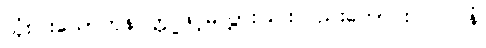
သုံးပါးသောကုနဝတ္တုဖြင့်မလွှားခြင်းလည်းကောင်း။ လပနံ၊